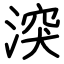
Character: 湥